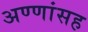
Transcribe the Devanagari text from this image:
अण्णांसह